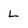
Character: L